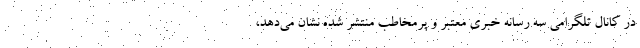
در کانال تلگرامی سه رسانه خبری معتبر و پرمخاطب منتشر شده نشان می‌دهد،